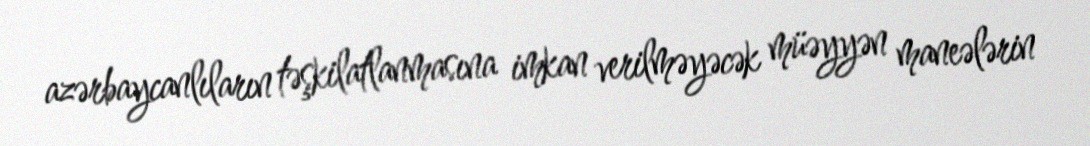
azərbaycanlıların təşkilatlanmasına imkan verilməyəcək müəyyən maneələrin